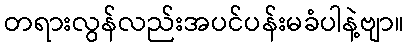
တရားလွန်လည်းအပင်ပန်းမခံပါနဲ့ဗျာ။